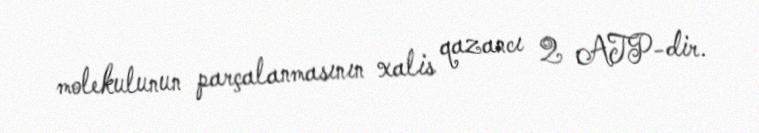
molekulunun parçalanmasının xalis qazancı 2 ATP-dir.